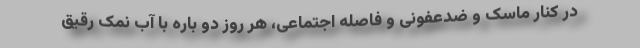
در کنار ماسک و ضدعفونی و فاصله اجتماعی، هر روز دو باره با آب نمک رقیق